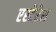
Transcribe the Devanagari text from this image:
एस्टेरेस